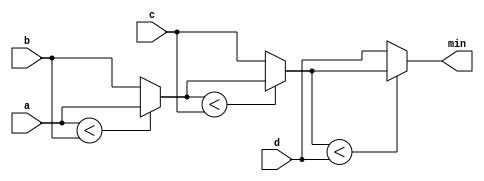
module top_module (
    input [7:0] a, b, c, d,
    output [7:0] min);//

    // assign intermediate_result1 = compare? true: false;
    wire [7:0] i1, i2, i3;
    
    assign i1 = (a < b)? a : b;
    assign i2 = (i1 < c)? i1 : c;
    assign i3 = (i2 < d)? i2 : d;
    assign min = i3;

endmodule